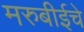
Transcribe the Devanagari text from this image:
मरुबीईचे